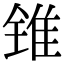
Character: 锥